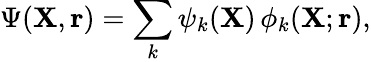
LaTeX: \Psi({\mathbf{X}},{\mathbf{r}})=\sum_{k}\psi_{k}({\mathbf{X}})\, \phi_{k}({\mathbf{X}};{\mathbf{r}}),